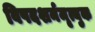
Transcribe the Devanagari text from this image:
विषदशर्नमृत्युक